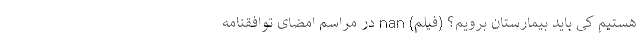
هستیم کی باید بیمارستان برویم؟ (فیلم) nan در مراسم امضای توافقنامه